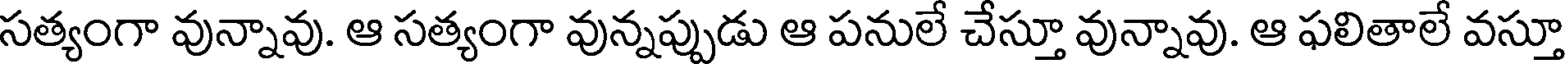
సత్యంగా వున్నావు. ఆ సత్యంగా వున్నప్పుడు ఆ పనులే చేస్తూ వున్నావు. ఆ ఫలితాలే వస్తూ